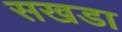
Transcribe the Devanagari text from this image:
सखडा